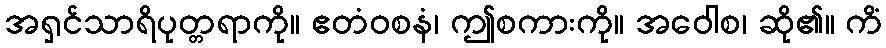
အရှင်သာရိပုတ္တရာကို။ ဧတံဝစနံ၊ ဤစကားကို။ အဝေါစ၊ ဆို၏။ ကိံ